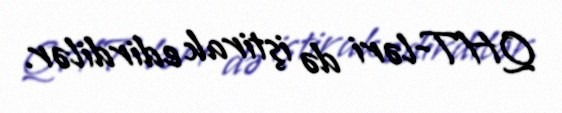
QHT-ləri də iştirak edirdilər.